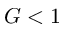
G < 1